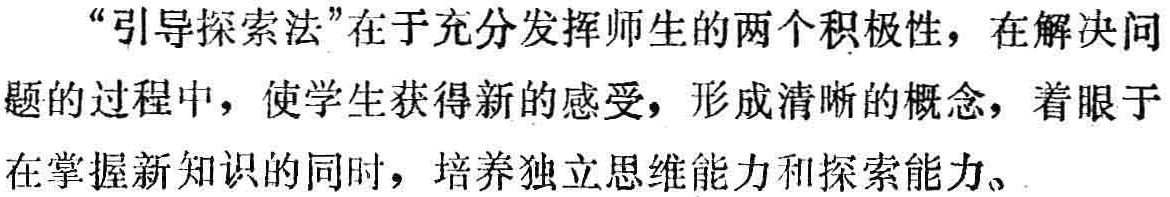
“引导探索法”在于充分发挥师生的两个积极性，在解决问题的过程中，使学生获得新的感受，形成清晰的概念，着眼于在掌握新知识的同时，培养独立思维能力和探索能力。